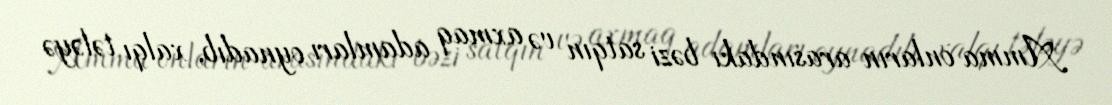
Amma onların arasındakı bəzi satqın və axmaq adamları oynadıb, xalqı tələyə